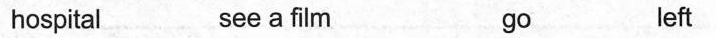
hospital see a film go left